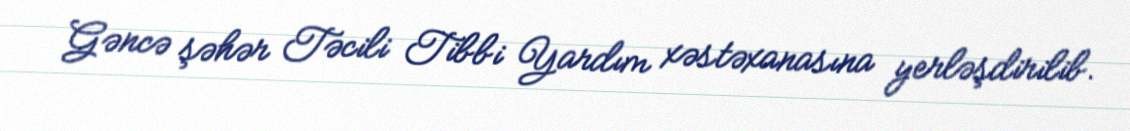
Gəncə şəhər Təcili Tibbi Yardım xəstəxanasına yerləşdirilib.